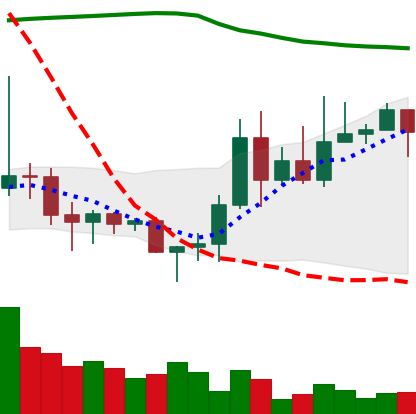
Ticker: DOGE-USD
Chart end date: 2020-11-14
Forward return: 4.977%
Label: up_3_5